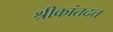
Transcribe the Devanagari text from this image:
श्रीकांतदत्त